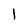
Character: 1